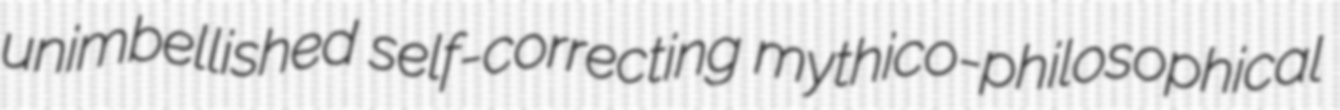
unimbellished self-correcting mythico-philosophical